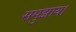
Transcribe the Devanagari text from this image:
समुझाय।